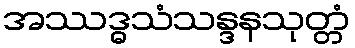
အဿဒ္ဓသံသန္ဒနသုတ္တံ